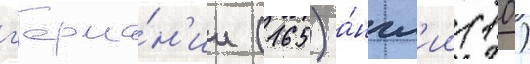
г'ерма́н'ии (165) а́нгл'ии (10)